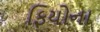
ફિયોના